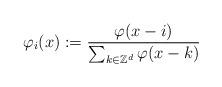
LaTeX: \begin{align*}\varphi_i(x):=\frac{\varphi(x-i)}{\sum_{k\in \mathbb{Z}^d} \varphi(x-k)} \end{align*}